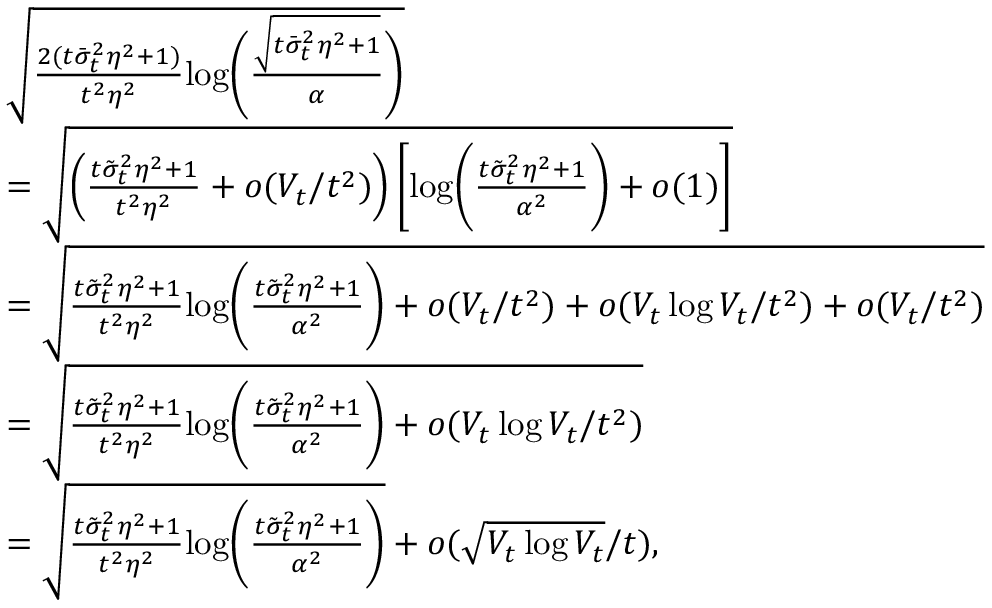
\begin{array} { r l } & { \sqrt { \frac { 2 ( t \bar { \sigma } _ { t } ^ { 2 } \eta ^ { 2 } + 1 ) } { t ^ { 2 } \eta ^ { 2 } } \mathrm { l o g } \Bigg ( \frac { \sqrt { t \bar { \sigma } _ { t } ^ { 2 } \eta ^ { 2 } + 1 } } { \alpha } \Bigg ) } } \\ & { = \sqrt { \left( \frac { t \tilde { \sigma } _ { t } ^ { 2 } \eta ^ { 2 } + 1 } { t ^ { 2 } \eta ^ { 2 } } + o ( V _ { t } / t ^ { 2 } ) \right) \left[ \mathrm { l o g } \Bigg ( \frac { t \tilde { \sigma } _ { t } ^ { 2 } \eta ^ { 2 } + 1 } { \alpha ^ { 2 } } \Bigg ) + o ( 1 ) \right] } } \\ & { = \sqrt { \frac { t \tilde { \sigma } _ { t } ^ { 2 } \eta ^ { 2 } + 1 } { t ^ { 2 } \eta ^ { 2 } } \mathrm { l o g } \Bigg ( \frac { t \tilde { \sigma } _ { t } ^ { 2 } \eta ^ { 2 } + 1 } { \alpha ^ { 2 } } \Bigg ) + o ( V _ { t } / t ^ { 2 } ) + o ( V _ { t } \log V _ { t } / t ^ { 2 } ) + o ( V _ { t } / t ^ { 2 } ) } } \\ & { = \sqrt { \frac { t \tilde { \sigma } _ { t } ^ { 2 } \eta ^ { 2 } + 1 } { t ^ { 2 } \eta ^ { 2 } } \mathrm { l o g } \Bigg ( \frac { t \tilde { \sigma } _ { t } ^ { 2 } \eta ^ { 2 } + 1 } { \alpha ^ { 2 } } \Bigg ) + o ( V _ { t } \log V _ { t } / t ^ { 2 } ) } } \\ & { = \sqrt { \frac { t \tilde { \sigma } _ { t } ^ { 2 } \eta ^ { 2 } + 1 } { t ^ { 2 } \eta ^ { 2 } } \mathrm { l o g } \Bigg ( \frac { t \tilde { \sigma } _ { t } ^ { 2 } \eta ^ { 2 } + 1 } { \alpha ^ { 2 } } \Bigg ) } + o ( \sqrt { V _ { t } \log V _ { t } } / t ) , } \end{array}